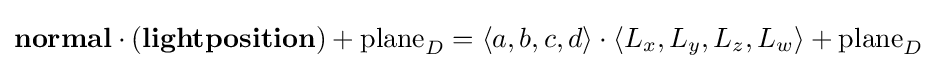
{\textbf {normal}}\cdot ({\textbf {lightposition}})+{\text{plane}}_{D}=\langle a,b,c,d\rangle \cdot \langle L_{x},L_{y},L_{z},L_{w}\rangle +{\text{plane}}_{D}